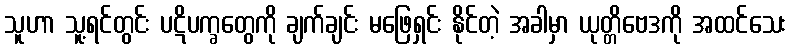
သူဟာ သူ့ရင်တွင်း ပဋိပက္ခတွေကို ချက်ချင်း မဖြေရှင်း နိုင်တဲ့ အခါမှာ ယုတ္တိဗေဒကို အထင်သေး